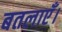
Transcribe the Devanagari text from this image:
बतलाएँ।